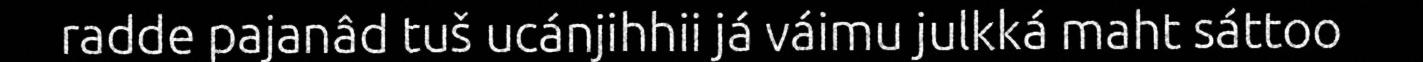
radde pajanâd tuš ucánjihhii já váimu julkká maht sáttoo